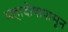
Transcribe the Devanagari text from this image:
महादोषापासून